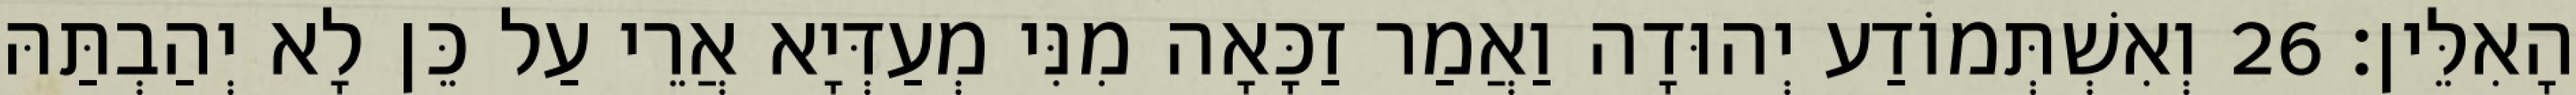
הָאִלֵּין׃ 26 וְאִשְׁתְּמוֹדַע יְהוּדָה וַאֲמַר זַכָּאָה מִנִּי מְעַדְּיָא אֲרֵי עַל כֵּן לָא יְהַבְתַּהּ